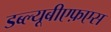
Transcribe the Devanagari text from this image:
डब्ल्यूबीएफ़एस